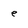
Character: e